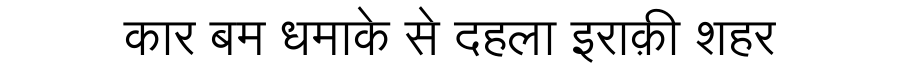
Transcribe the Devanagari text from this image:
कार बम धमाके से दहला इराक़ी शहर